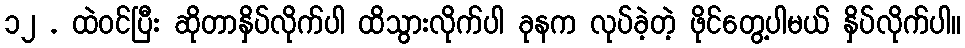
၁၂ . ထဲဝင်ပြီး ဆိုတာနှိပ်လိုက်ပါ ထိသွားလိုက်ပါ ခုနက လုပ်ခဲ့တဲ့ ဖိုင်တွေ့ပါမယ် နှိပ်လိုက်ပါ။